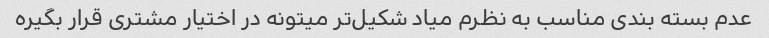
عدم بسته بندی مناسب به نظرم میاد شکیل‌تر میتونه در اختیار مشتری قرار بگیره